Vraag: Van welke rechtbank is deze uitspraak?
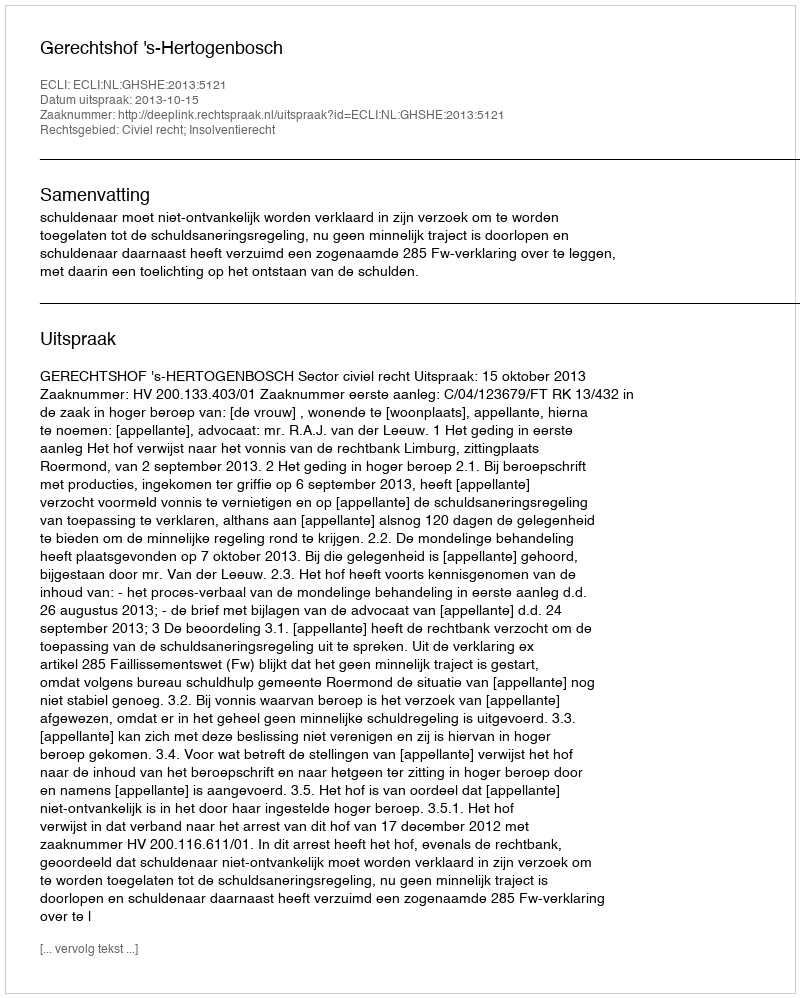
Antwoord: Gerechtshof 's-Hertogenbosch